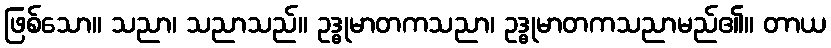
ဖြစ်သော။ သညာ၊ သညာသည်။ ဥဒ္ဓုမာတကသညာ၊ ဥဒ္ဓုမာတကသညာမည်၏။ တာယ